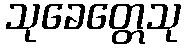
သုခေတ္တေသု